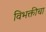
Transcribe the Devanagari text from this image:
विभक्तीचा